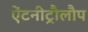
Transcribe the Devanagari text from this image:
ऐंटनीट्रौलौप